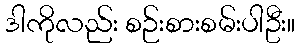
ဒါကိုလည်း စဉ်းစားစမ်းပါဦး။